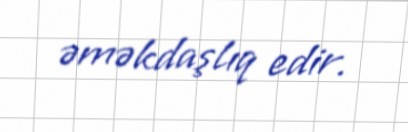
əməkdaşlıq edir.